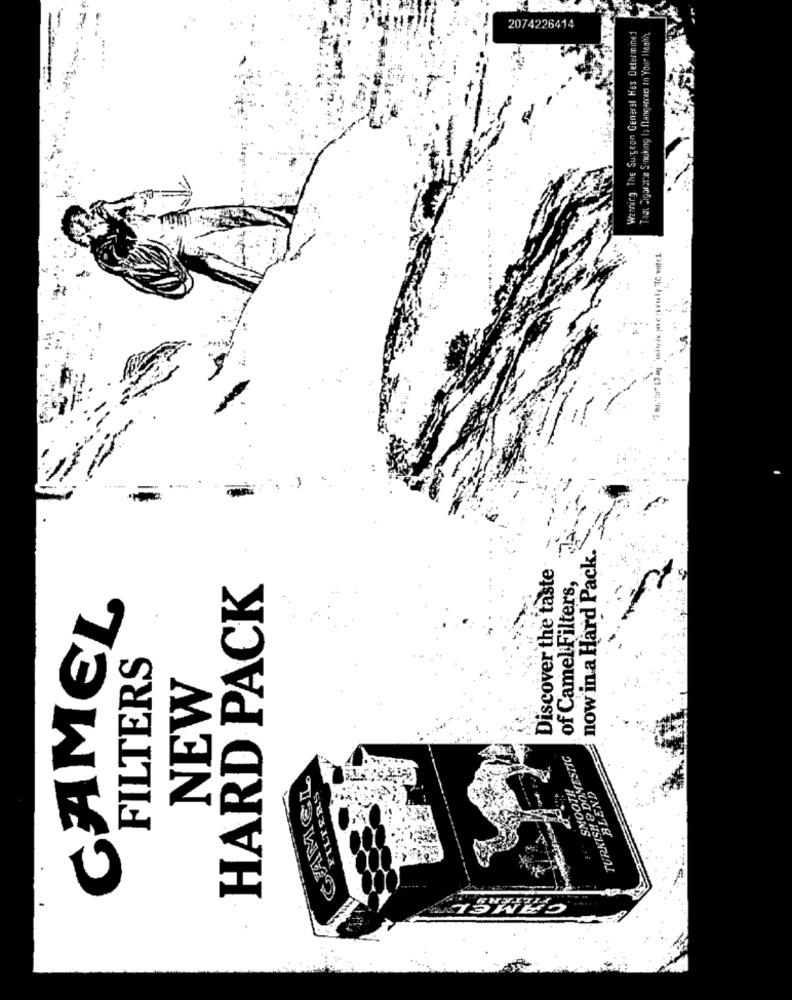
2074226414
Warning. The Surgeon General Hes Determined
Taal Sigararze Sinoking Is flangeorais In Your Idealmy
now in a Hard Pack.
Discover the taste
GAMEL
HARD PACK
of Camel:Filters,
FILTERS
NEW
TURKISH & DOMESTIC
CAMEL
SMOOTH
BLEND
FILTERS